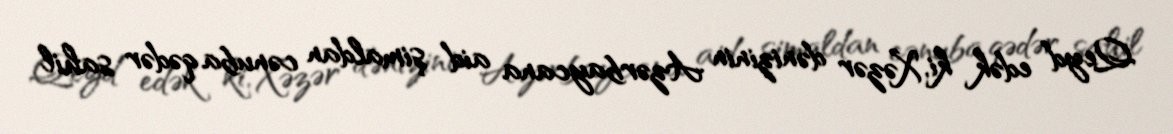
Qeyd edək ki, Xəzər dənizinin Azərbaycana aid şimaldan cənuba qədər sahil